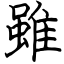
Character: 雖